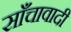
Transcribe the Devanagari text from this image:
साँचावादी